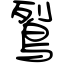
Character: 鴷